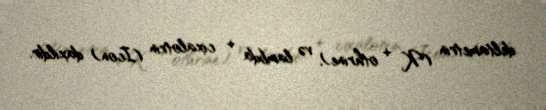
deltametrin (K + othrine), və lambda + cixalotrin (Icon) daxildir.